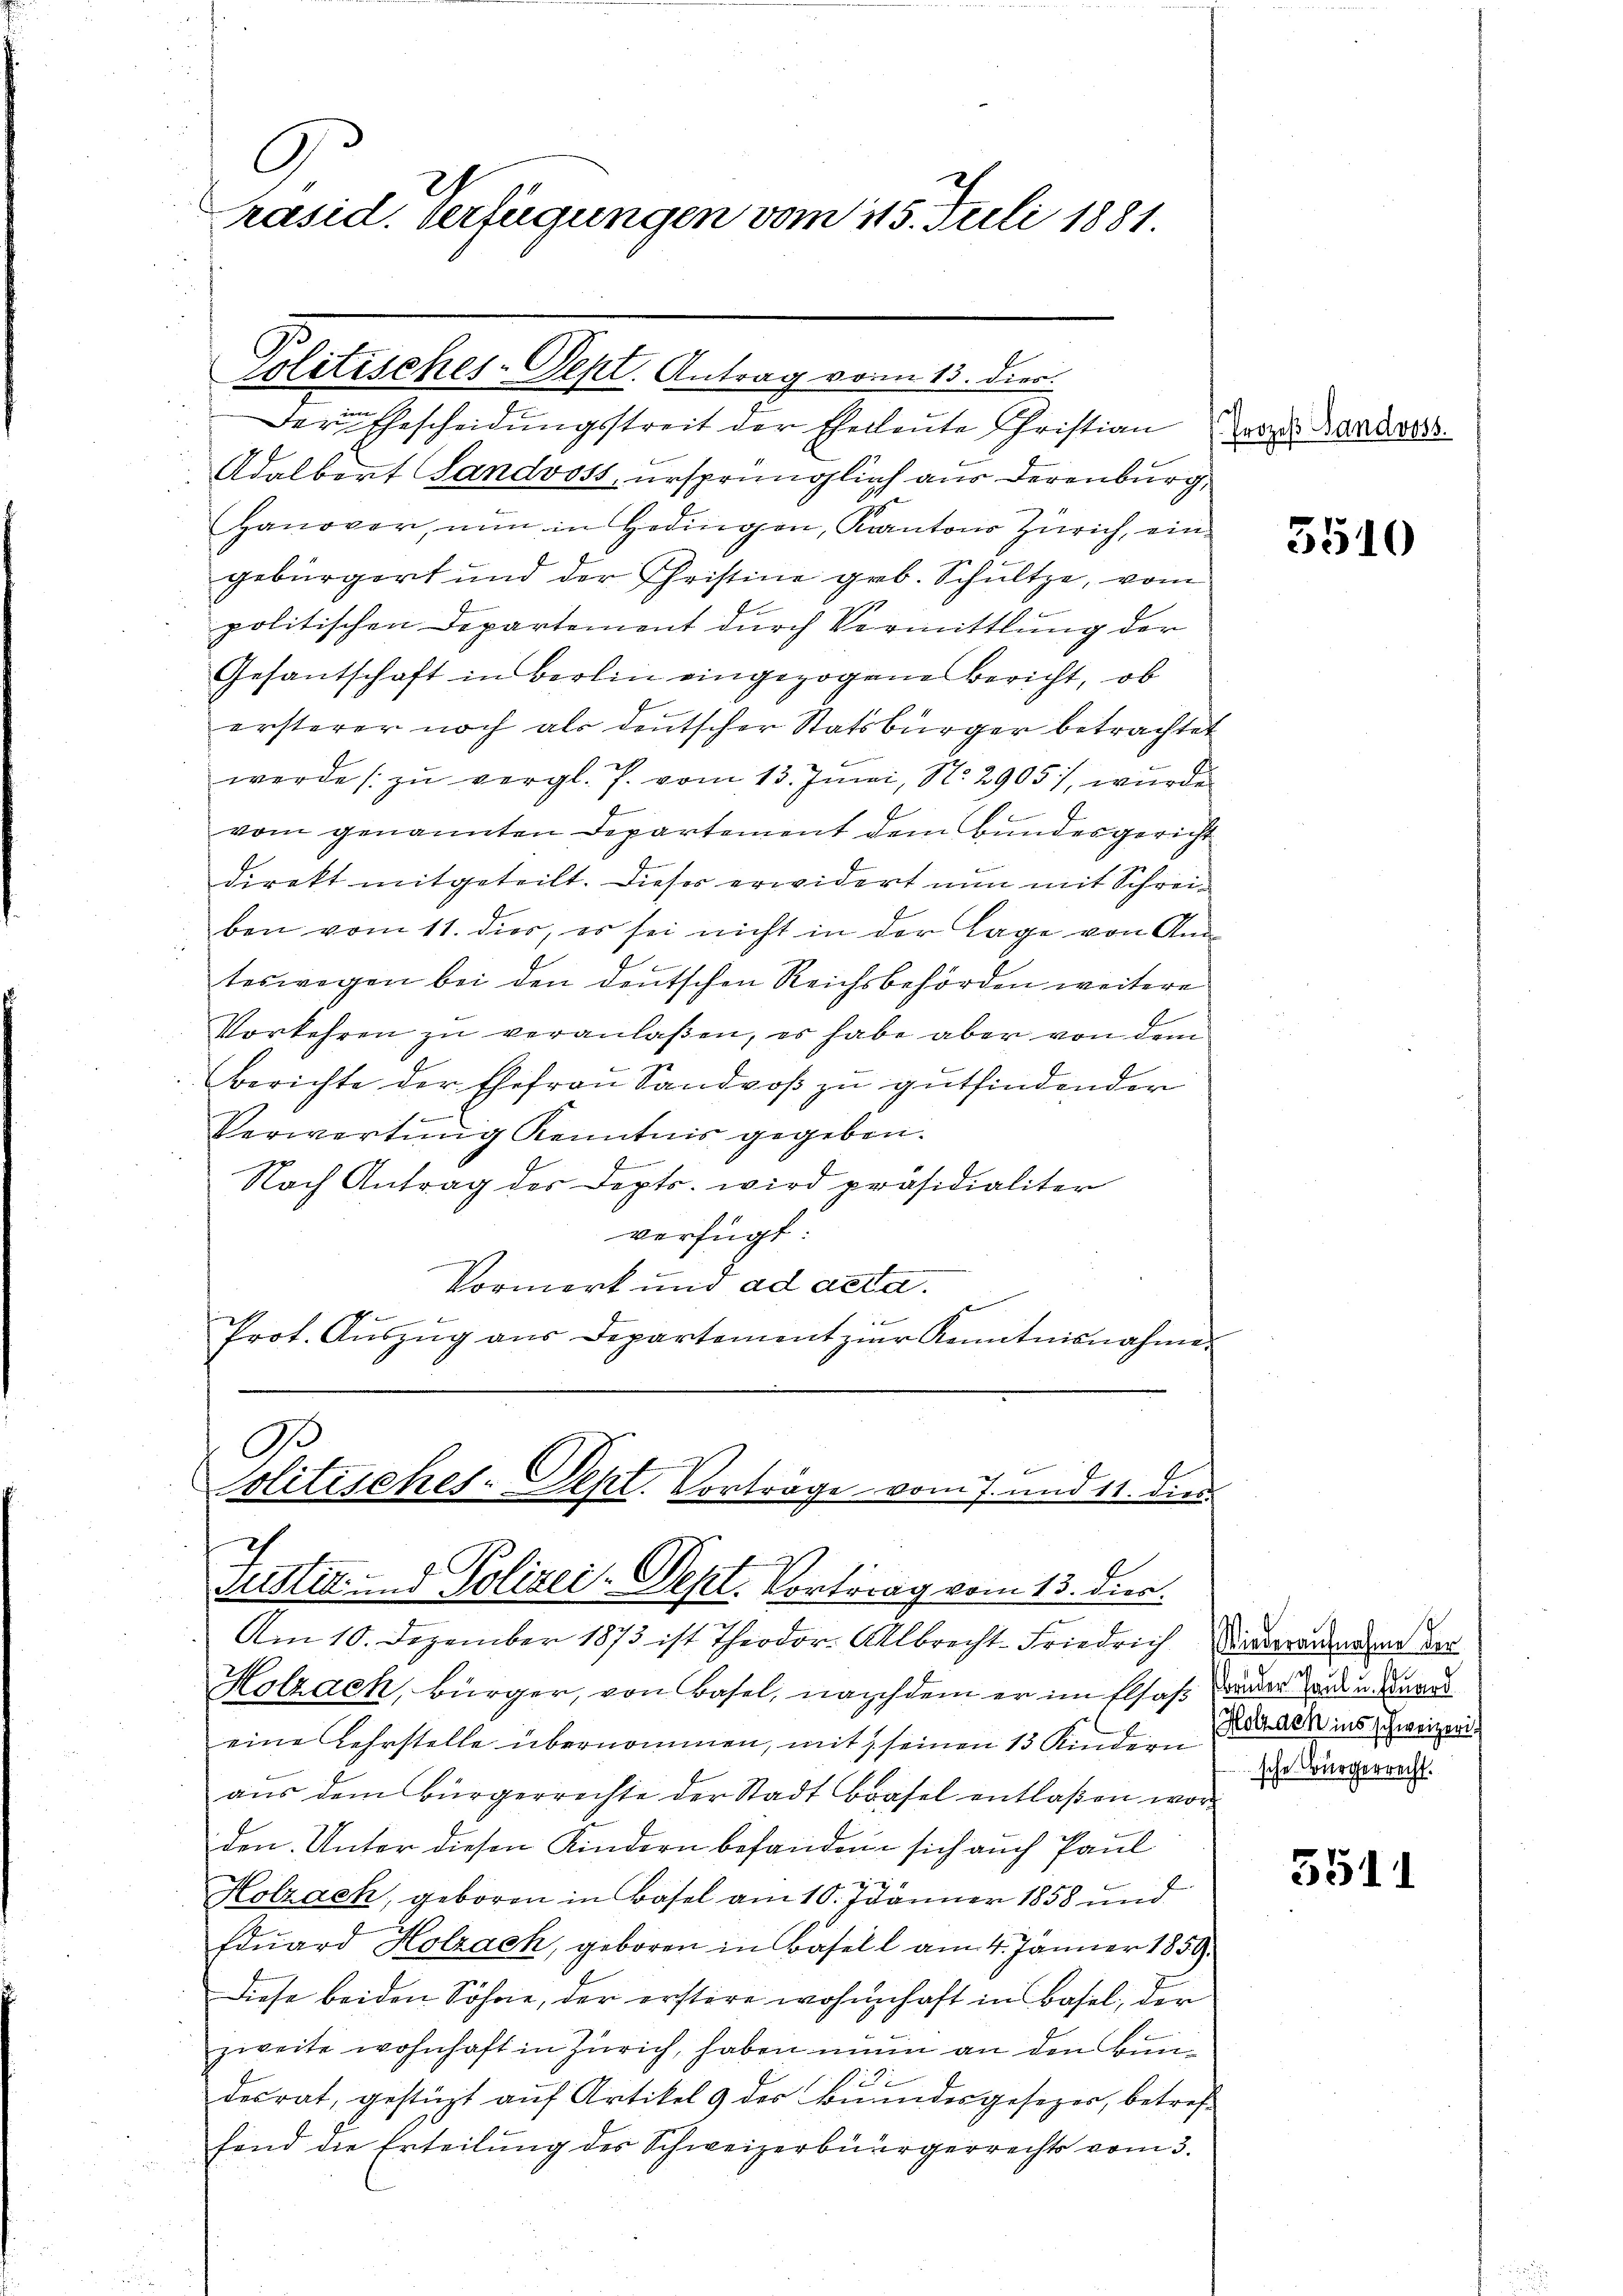
C
Präsid. Verfügungen vom 115. Juli 1881

Der Gescheidungsstreit der Eheleute Christian Parze Bandoss
Adalbert Landvoss, ursprünglich aus derenburg,
Hanover, nun in Hedingen, Kantons Zürich, eingebürgert und der Christine geb. Schultze, vom
politischen Departement durch Vormittlung der
Gesantschaft in Berlin eingezogenes Bericht, ob
ersterer noch als deutscher Statsbürger betrachtet
werde zŭ vergl. P. vom 13. Juni, No. 2905), wurde
vom genannten Departement dem Bundesgericht
b
direkt mitgeteilt. Dieser erwidert nun mit Schreiben vom 11. dies, es sei nicht in der Lage von Am
teswegen bei den deutschen Reichsbehörden weitere
E.
Vorkehren zu veranlaßen, es habe aber von dem
Berichte der Ehefrau Sandvoß zu gutfindender
Verwartung Kenntnis gegeben.
4
Nach Antrag des Depts. wird präsidialiter
verfügt:
Vormerk und ad acta.
s
Prot. Aŭszŭg aŭs Departement zur Kenntnisnahme

Politisches-Dept. Antrag vom 13. dies

Am 10. Dezember 1873 ist Theodor-Allbrecht-Friedrich Wiederwendung der
Holzach, Bürger, von Basel, nachdem er im Elsaß ander den u. werd
eine Lehrstelle übernommen, mit, seinen 13 Kindern
aus dem Bürgerrechte der Stadt Basel entlaßen worden. Unter diesen Kindern befandene sich auch Paul

Holzach, geboren in Basel am 10. Jänner 1858 und
Eduard Holzach, geboren in Basell am 4. Jänner 1859.
Diese beiden Söhne, der erstere wohnhaft in Basel, der
zweite wohnhaft in Zürich, haben nun an den Buni
desrat, gestüzt auf Artikel 9 der Beundesgesezer, betreffend die Erteilung des Schweizerbürgerrechts vom 3.

B
politisches. Sept. Vorträge vom 7. und 11. dies
7
Justiz- und Polizei-Sept. Vortrag vom 13. dies

3510

Holzach ins schweizeri
sche Bürgerrecht.

3511